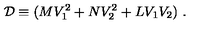
{ \cal D } \equiv ( M V _ { 1 } ^ { 2 } + N V _ { 2 } ^ { 2 } + L V _ { 1 } V _ { 2 } ) \ .